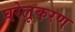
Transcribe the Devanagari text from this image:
घरेलूकरण